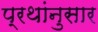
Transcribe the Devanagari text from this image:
प्रथांनुसार